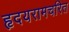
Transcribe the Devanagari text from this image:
हृदयरामचरित